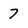
Character: 7